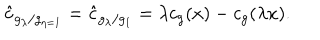
LaTeX: \hat { c } _ { g _ { \lambda } / g _ { \eta = 1 } } = \hat { c } _ { g _ { \lambda } / g _ { 1 } } = \lambda c _ { g } ( x ) - c _ { g } ( \lambda x ) .